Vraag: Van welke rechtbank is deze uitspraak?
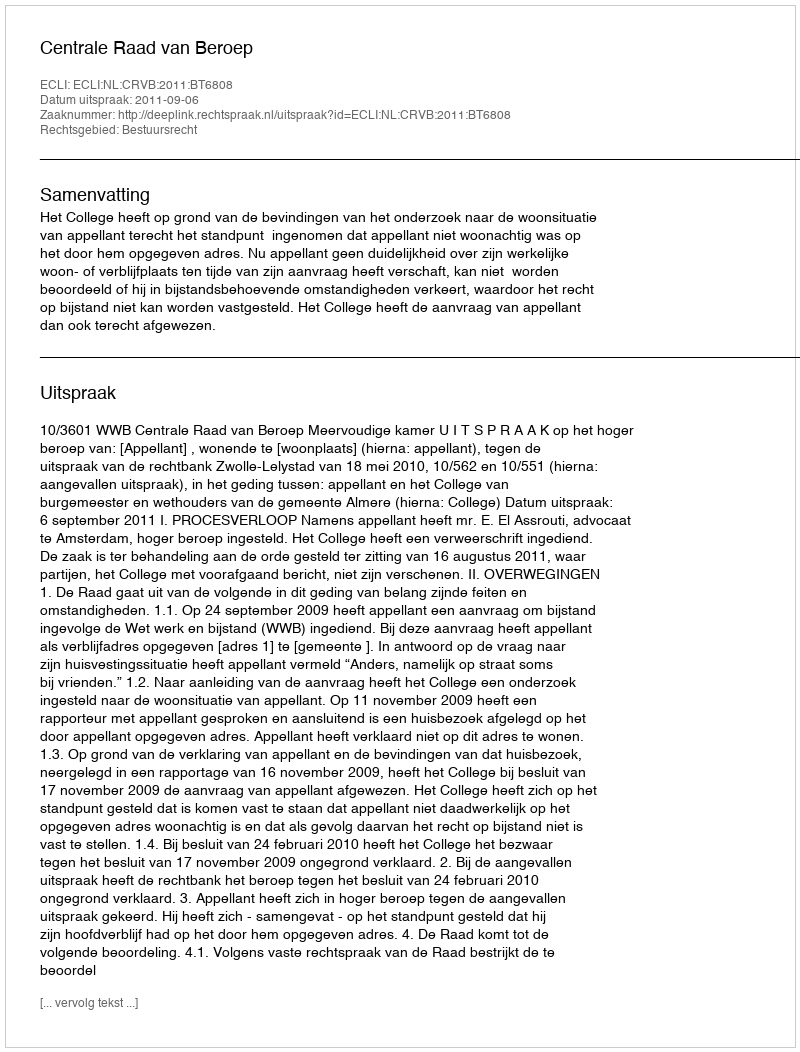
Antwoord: Centrale Raad van Beroep